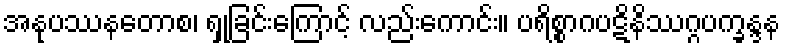
အနုပဿနတောစ၊ ရှုခြင်းကြောင့် လည်းကောင်း။ ပရိစ္စာဂပဋိနိဿဂ္ဂပက္ခန္ဒန